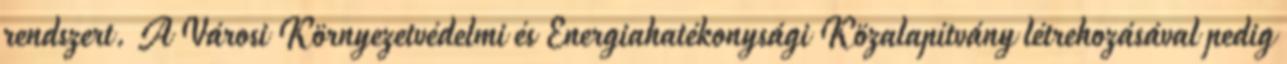
rendszert. A Városi Környezetvédelmi és Energiahatékonysági Közalapítvány létrehozásával pedig